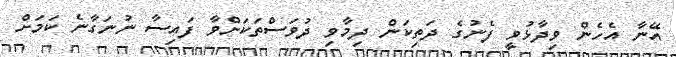
އޭނާ އެހެން ވިދާޅުވީ ފެނުގެ ދަތިކަން ދިމާވި ދުވަސްތަކަށްވާ ފައިސާ ނުނަގާނެ ކަމަށް